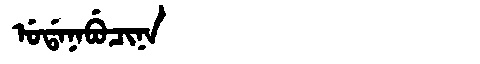
Manchu: ᡠᡩᠠᠨᠠᠪᡠᠴᡳᠨᠠ
Romanization: UDANABUCINA